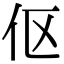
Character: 伛